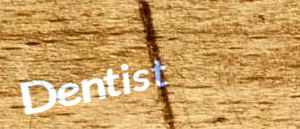
Dentist